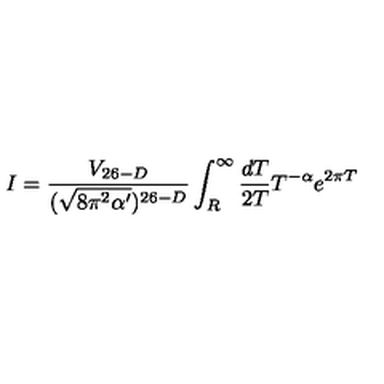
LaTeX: I = \frac { V _ { 2 6 - D } } { ( \sqrt { 8 \pi ^ { 2 } \alpha ^ { \prime } } ) ^ { 2 6 - D } } \int _ { R } ^ { \infty } \frac { d T } { 2 T } T ^ { - \alpha } e ^ { 2 \pi T }